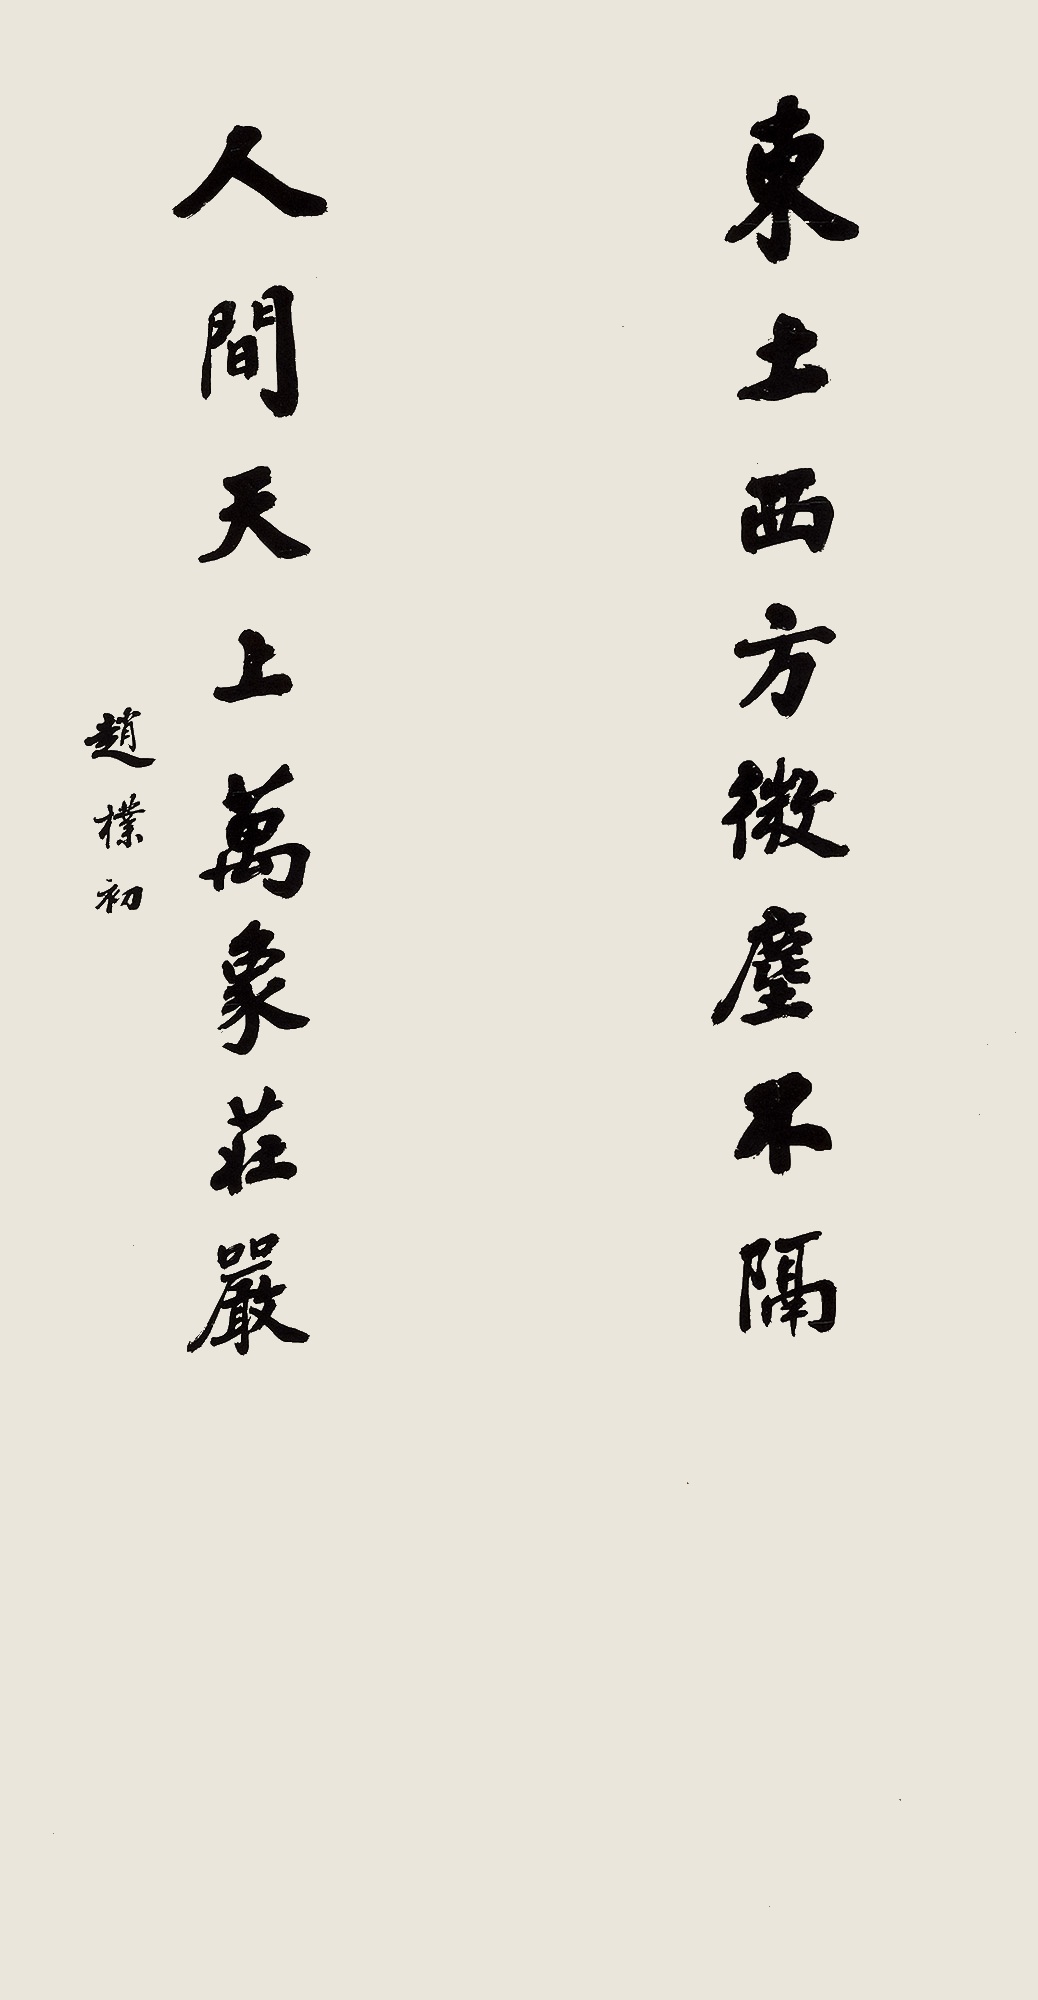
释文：东土西方微尘不隔，人间天上万象庄严。赵朴初。